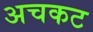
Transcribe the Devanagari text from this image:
अचकट